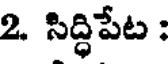
2 సిద్ధిపేట :